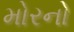
મોરનો